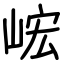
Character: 峵